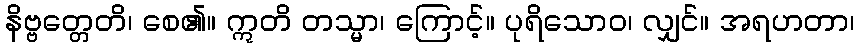
နိဗ္ဗတ္တေတိ၊ စေ၏။ ဣတိ တသ္မာ၊ ကြောင့်။ ပုရိသောဝ၊ လျှင်။ အရဟတာ၊